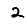
Digit: 2